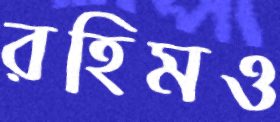
রহিমও